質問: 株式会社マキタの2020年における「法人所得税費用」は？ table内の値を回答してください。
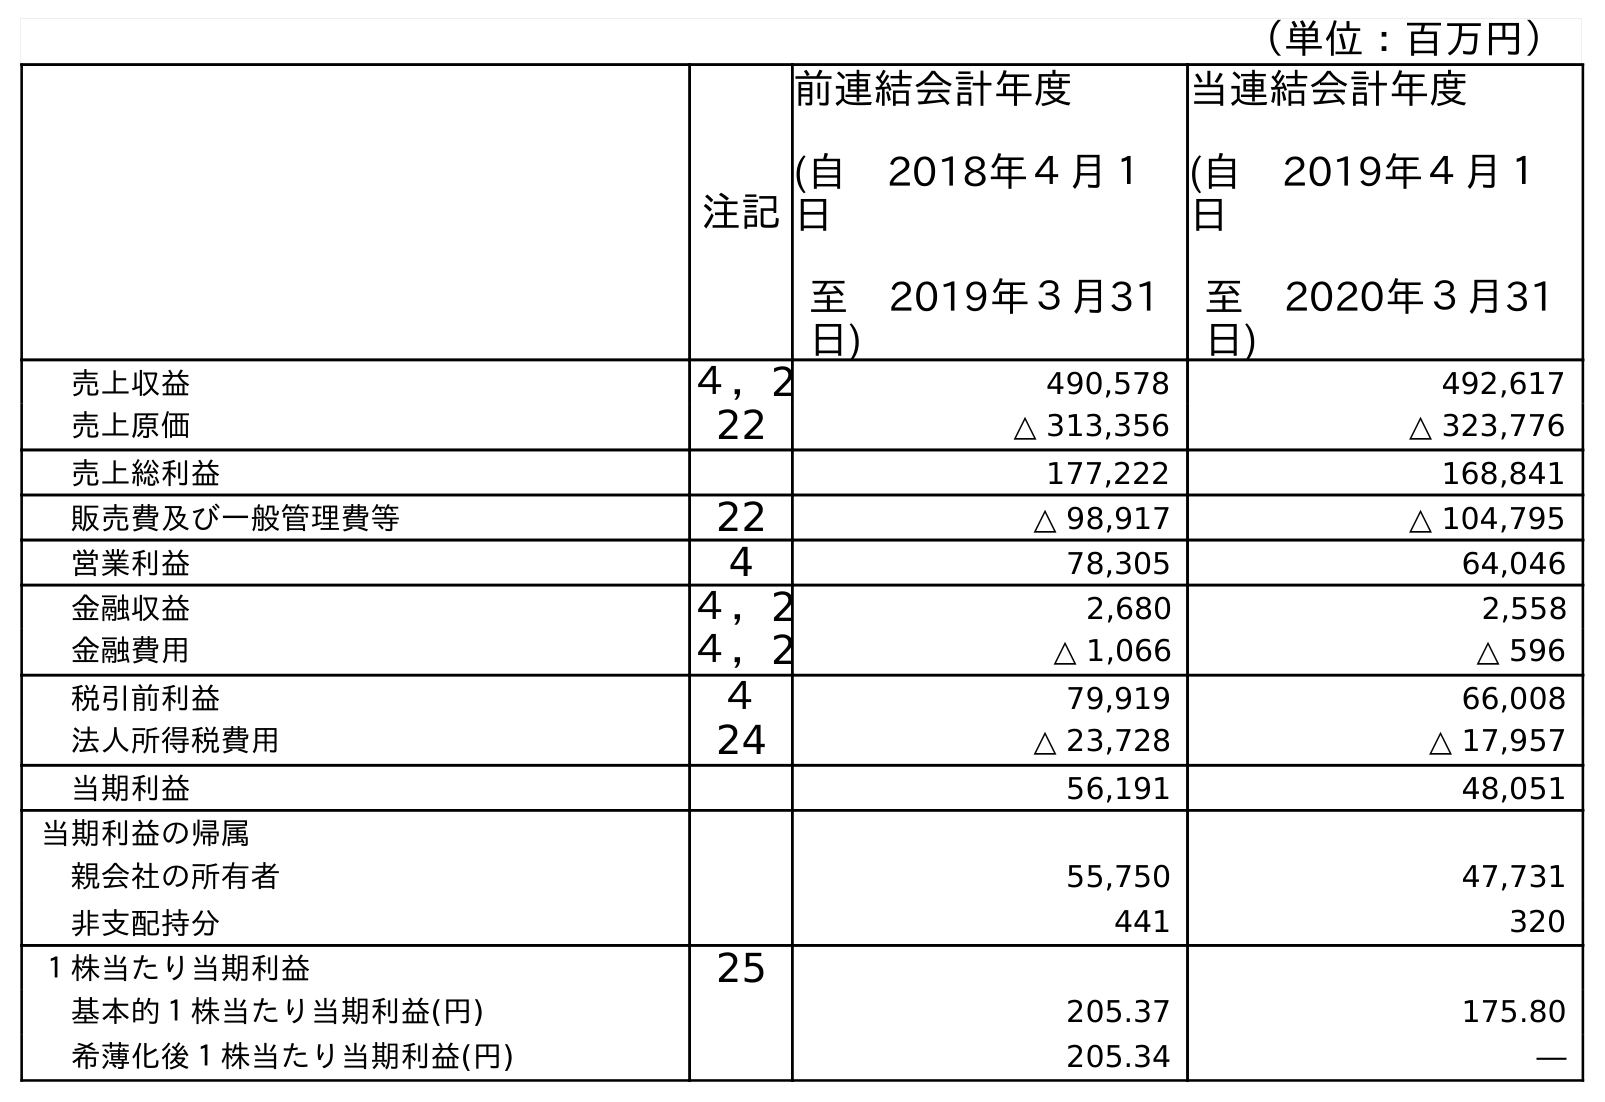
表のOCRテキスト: （単位：百万円） 注記 前連結会計年度 (自 2018年４月１ 日 至 2019年３月31 日) 当連結会計年度 (自 2019年４月１ 日 至 2020年３月31 日) 売上収益 ４，2 490,578 492,617 売上原価 22 △ 313,356 △ 323,776 売上総利益 177,222 168,841 販売費及び一般管理費等 22 △ 98,917 △ 104,795 営業利益 4 78,305 64,046 金融収益 ４，2 2,680 2,558 金融費用 ４，2 △ 1,066 △ 596 税引前利益 ４ 79,919 66,008 法人所得税費用 24 △ 23,728 △ 17,957 当期利益 56,191 48,051 当期利益の帰属 親会社の所有者 55,750 47,731 非支配持分 441 320 １株当たり当期利益 25 基本的１株当たり当期利益(円) 205.37 175.80 希薄化後１株当たり当期利益(円) 205.34 ―
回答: △17,957